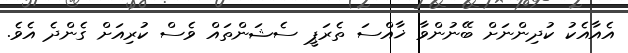
އެއާއެކު ކުދިންނަށް ބޭނުންވާ ޚާއްސަ ތެރަޕީ ސެޝަންތައް ވެސް ކުރިއަށް ގެންދެ އެވެ.